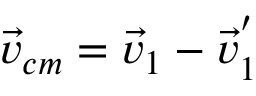
\vec { v } _ { c m } = \vec { v } _ { 1 } - \vec { v } _ { 1 } ^ { ' }